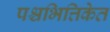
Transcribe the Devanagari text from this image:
पश्चभित्तिकेत